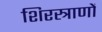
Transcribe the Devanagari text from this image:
शिरस्त्राणों